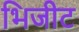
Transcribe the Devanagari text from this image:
भिजीट